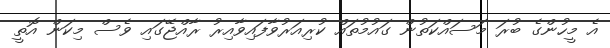
އެ މީހުންގެ ބުރަ މަސައްކަތުން ގައުމުތައް ކުރިއަރުވާފައިވާއިރު ރާއްޖޭގައި ވެސް މިކަން އޮތީ